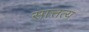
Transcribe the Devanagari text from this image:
सात्तत्य